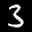
Label: 3